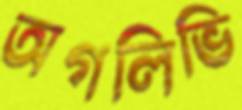
অগলিভি